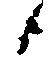
候